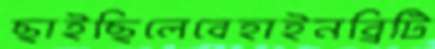
ছাইছিলেবেহাইনব্রিটি